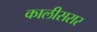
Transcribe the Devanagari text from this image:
कालीसरार